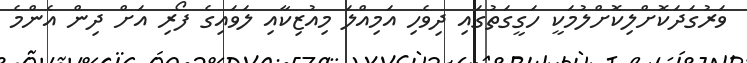
ވަރުގަދަކޮށްލިކޮށްލުމަކީ ހަގީގަތުގައި ދިވެހި އަމިއްލަ މިއުޒިކާއި ލަވައިގެ ފޯރި އަށް ދިން އެންމެ